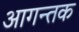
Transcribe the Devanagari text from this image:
आगन्तक